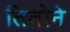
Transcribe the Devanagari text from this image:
तितोने